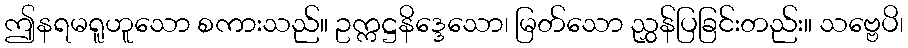
ဤနရမရူဟူသော စကားသည်။ ဥက္ကဋ္ဌနိဒ္ဒေသော၊ မြတ်သော ညွှန်ပြခြင်းတည်း။ သဗ္ဗေပိ၊